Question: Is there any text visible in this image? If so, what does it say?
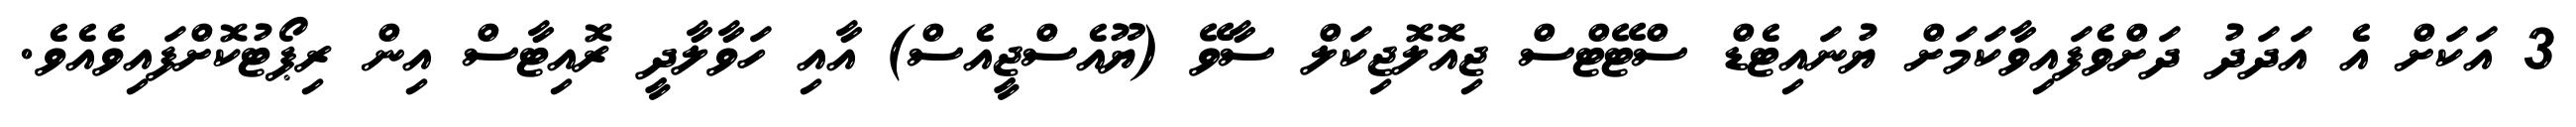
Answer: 3 އަކަށް އެ އަދަދު ދަށްވެފައިވާކަމަށް ޔުނައިޓެޑް ސްޓޭޓްސް ޖިއޮލޮޖިކަލް ސާވޭ (ޔޫއެސްޖީއެސް) އާއި ހަވާލާދީ ރޮއިޓާސް އިން ރިޕޯޓުކޮށްފައިވެއެވެ.